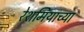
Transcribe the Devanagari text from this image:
रेशमियाच्या